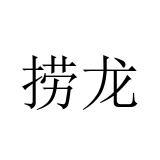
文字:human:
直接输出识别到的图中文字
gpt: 捞龙